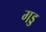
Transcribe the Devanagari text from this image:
गड्ड